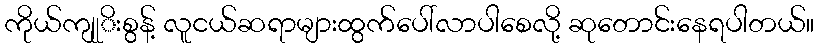
ကိုယ်ကျုုိးစွန့် လူငယ်ဆရာများထွက်ပေါ်လာပါစေလို့ ဆုတောင်းနေရပါတယ်။